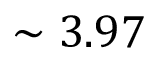
\sim 3 . 9 7